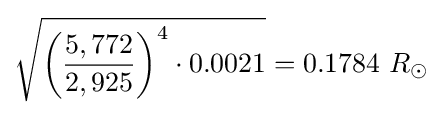
{\sqrt {{\biggl (}{\frac {5,772}{2,925}}{\biggr )}^{4}\cdot 0.0021}}=0.1784\ R_{\odot }